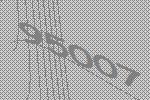
95007